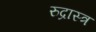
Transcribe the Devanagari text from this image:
रुद्रास्त्र